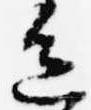
色